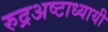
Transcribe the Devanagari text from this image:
रुद्रअष्‍टाध्‍यायी